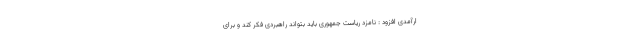
ارآمدی افزود : نامزد ریاست جمهوری باید بتواند راهبردی فکر کند و برای